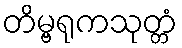
တိမ္ဗရုကသုတ္တံ